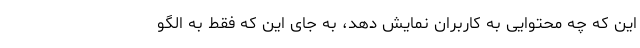
این که چه محتوایی به کاربران نمایش دهد، به جای این که فقط به الگو